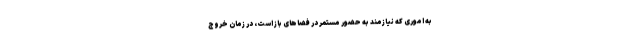
به اموری که نیازمند به حضور مستمر در فضاهای باز است، در زمان خروج